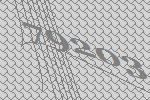
79203